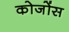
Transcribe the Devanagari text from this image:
कोजोंस